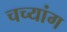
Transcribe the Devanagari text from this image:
चच्यांग